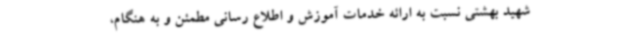
شهید بهشتی نسبت به ارائه خدمات آموزش و اطلاع رسانی مطمئن و به هنگام،